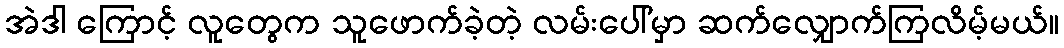
အဲဒါ ကြောင့် လူတွေက သူဖောက်ခဲ့တဲ့ လမ်းပေါ်မှာ ဆက်လျှောက်ကြလိမ့်မယ်။